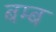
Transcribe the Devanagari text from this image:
बम्‍ब